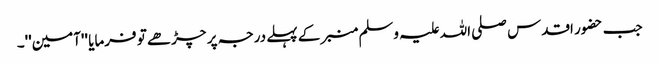
جب حضور اقدس صلی اللہ علیہ وسلم منبر کے پہلے درجہ پر چڑھے تو فرمایا ''آمین''۔